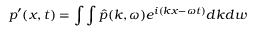
p ^ { \prime } ( x , t ) = \int \int \hat { p } ( k , \omega ) e ^ { i ( k x - \omega t ) } d k d w